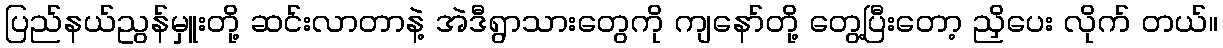
ပြည်နယ်ညွန်မှူးတို့ ဆင်းလာတာနဲ့ အဲဒီရွာသားတွေကို ကျနော်တို့ တွေ့ပြီးတော့ ညှိပေး လိုက် တယ်။